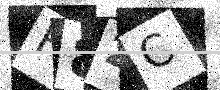
Text: F8ZC